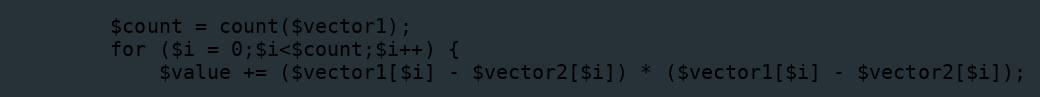
Language: PHP
        $count = count($vector1);
        for ($i = 0;$i<$count;$i++) {
            $value += ($vector1[$i] - $vector2[$i]) * ($vector1[$i] - $vector2[$i]);